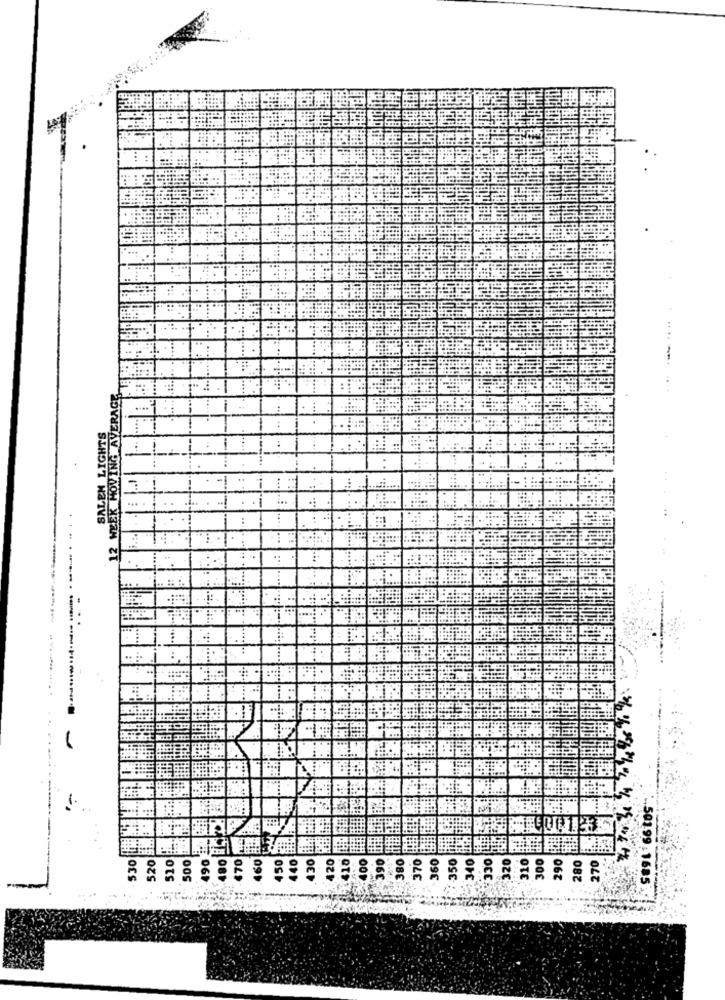
12 WEEK MOVING AVERAGE
SALEM LIGHTS
------
..
$30
.. 501.99. 1685